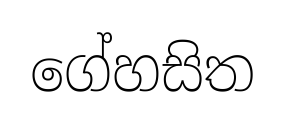
ගේහසිත